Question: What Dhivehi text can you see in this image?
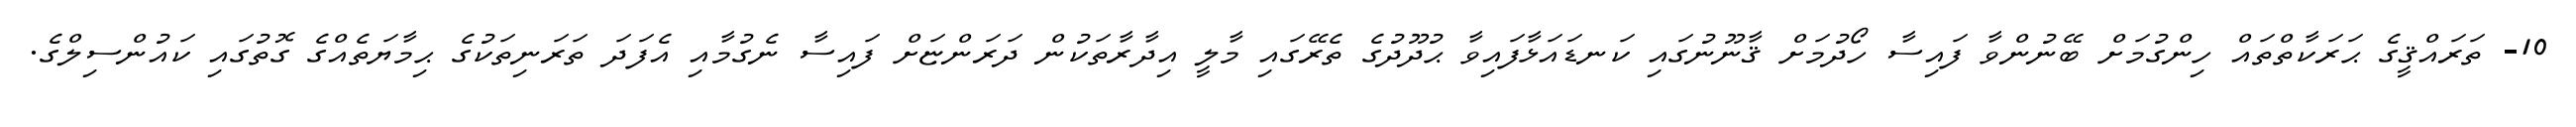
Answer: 10- ތަރައްޤީގެ ޙަރަކާތްތައް ހިންގުމަށް ބޭނުންވާ ފައިސާ ހޯދުމަށް ޤާނޫނުގައި ކަނޑައަޅާފައިވާ ޙުދޫދުގެ ތެރޭގައި މާލީ އިދާރާތަކުން ދަރަންޏަށް ފައިސާ ނެގުމާއި އެފަދަ ތަރަނިތަކުގެ ޙިމާޔަތެއްގެ ގޮތުގައި ކައުންސިލްގެ.